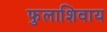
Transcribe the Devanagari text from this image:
फुलाशिवाय